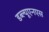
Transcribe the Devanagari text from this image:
डब्ल्यूएनएस